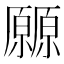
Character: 𰆬